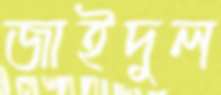
জাইদুল